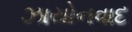
ઝાયોનવાદ